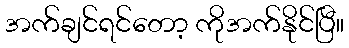
အက်ချင်ရင်တော့ ကိုအက်နိုင်ပြီ။